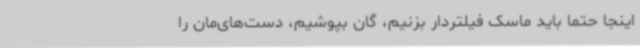
اینجا حتماً باید ماسک فیلتردار بزنیم، گان بپوشیم، دست‌های‌مان را